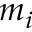
m _ { i }